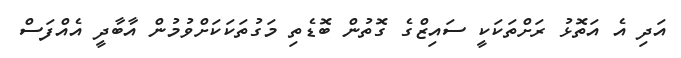
އަދި އެ އަތޮޅު ރަށްތަކަކީ ސައިޒްގެ ގޮތުން ބޮޑެތި މަގުތަކަކަށްވުމުން އާބާދީ އެއްފަސް